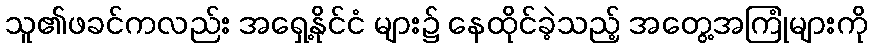
သူ၏ဖခင်ကလည်း အရှေ့နိုင်ငံ များ၌ နေထိုင်ခဲ့သည့် အတွေ့အကြုံများကို